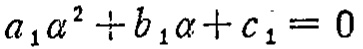
\(a_{1}\alpha^{2}+b_{1}\alpha + c_{1}=0\)